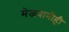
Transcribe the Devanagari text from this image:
मेजवानीही